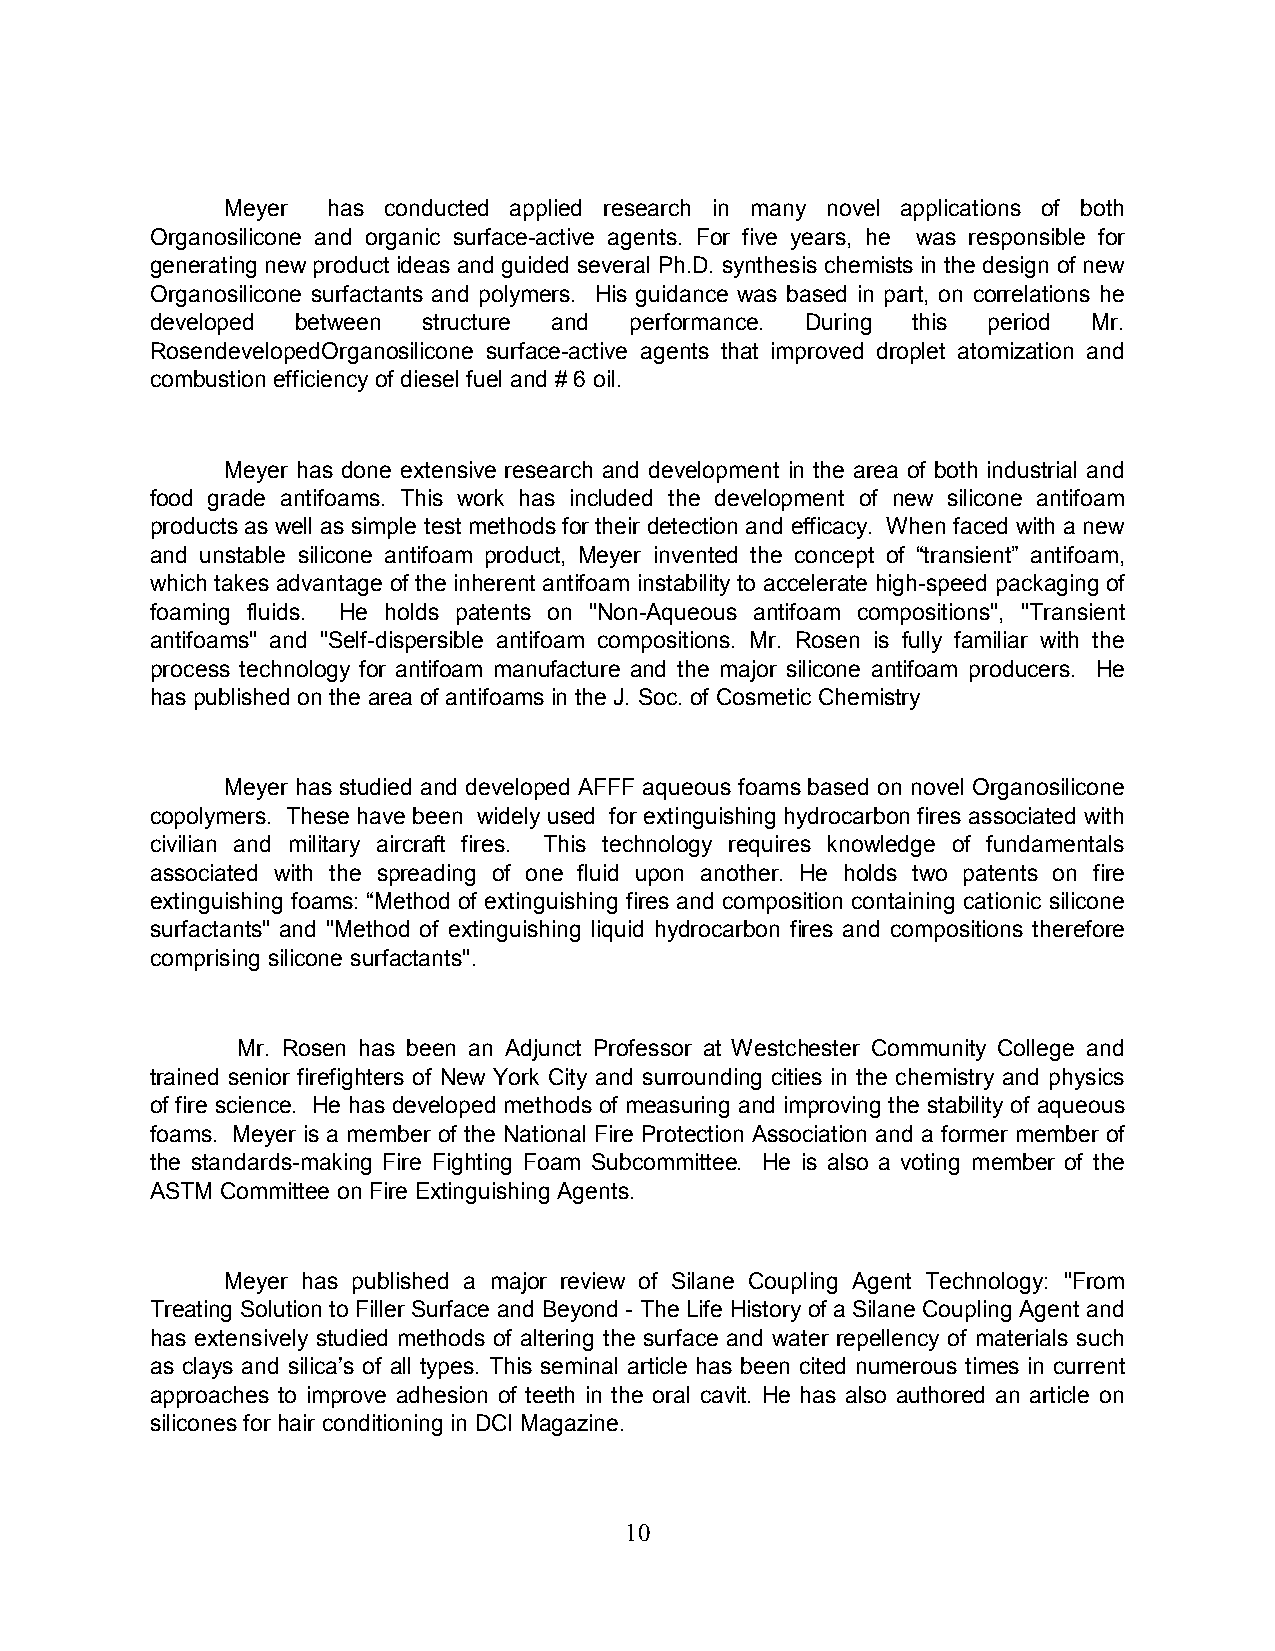
Meyer  has conducted applied research in many novel applications of both
 Organosilicone and organic surface-active agents. For five years, he was responsible for
 generating new product ideas and guided several Ph.D. synthesis chemists in the design of new
 Organosilicone surfactants and polymers. His guidance was based in part, on correlations he
 developed between structure and performance. During this period Mr.
 RosendevelopedOrganosilicone surface-active agents that improved droplet atomization and
 combustion efficiency of diesel fuel and # 6 oil.
 Meyer has done extensive research and development in the area of both industrial and
 food grade antifoams. This work has included the development of new silicone antifoam
 products as well as simple test methods for their detection and efficacy. When faced with a new
 and unstable silicone antifoam product, Meyer invented the concept of “transient” antifoam,
 which takes advantage of the inherent antifoam instability to accelerate high-speed packaging of
 foaming fluids. He holds patents on "Non-Aqueous antifoam compositions", "Transient
 antifoams" and "Self-dispersible antifoam compositions. Mr. Rosen is fully familiar with the
 process technology for antifoam manufacture and the major silicone antifoam producers. He
 has published on the area of antifoams in the J. Soc. of Cosmetic Chemistry
 Meyer has studied and developed AFFF aqueous foams based on novel Organosilicone
 copolymers. These have been widely used for extinguishing hydrocarbon fires associated with
 civilian and military aircraft fires. This technology requires knowledge of fundamentals
 associated with the spreading of one fluid upon another. He holds two patents on fire
 extinguishing foams: “Method of extinguishing fires and composition containing cationic silicone
 surfactants" and "Method of extinguishing liquid hydrocarbon fires and compositions therefore
 comprising silicone surfactants".
 Mr. Rosen has been an Adjunct Professor at Westchester Community College and
 trained senior firefighters of New York City and surrounding cities in the chemistry and physics
 of fire science. He has developed methods of measuring and improving the stability of aqueous
 foams. Meyer is a member of the National Fire Protection Association and a former member of
 the standards-making Fire Fighting Foam Subcommittee. He is also a voting member of the
 ASTM Committee on Fire Extinguishing Agents.
 Meyer has published a major review of Silane Coupling Agent Technology: "From
 Treating Solution to Filler Surface and Beyond - The Life History of a Silane Coupling Agent and
 has extensively studied methods of altering the surface and water repellency of materials such
 as clays and silica’s of all types. This seminal article has been cited numerous times in current
 approaches to improve adhesion of teeth in the oral cavit. He has also authored an article on
 silicones for hair conditioning in DCI Magazine.
 10